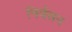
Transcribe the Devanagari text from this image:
निर्वसन